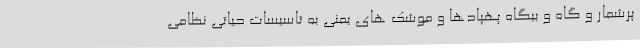
پرشمار و گاه و بیگاه پهپادها و موشک های یمنی به تاسیسات حیاتی نظامی